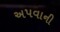
અપવાની